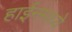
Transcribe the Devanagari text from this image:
हाईनमध्ये